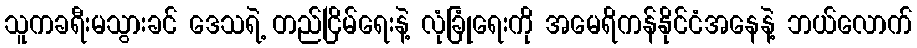
သူကခရီးမသွားခင် ဒေသရဲ့ တည်ငြိမ်ရေးနဲ့ လုံခြုံရေးကို အမေရိကန်နိုင်ငံအနေနဲ့ ဘယ်လောက်